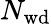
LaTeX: N_{\mathrm{wd}}